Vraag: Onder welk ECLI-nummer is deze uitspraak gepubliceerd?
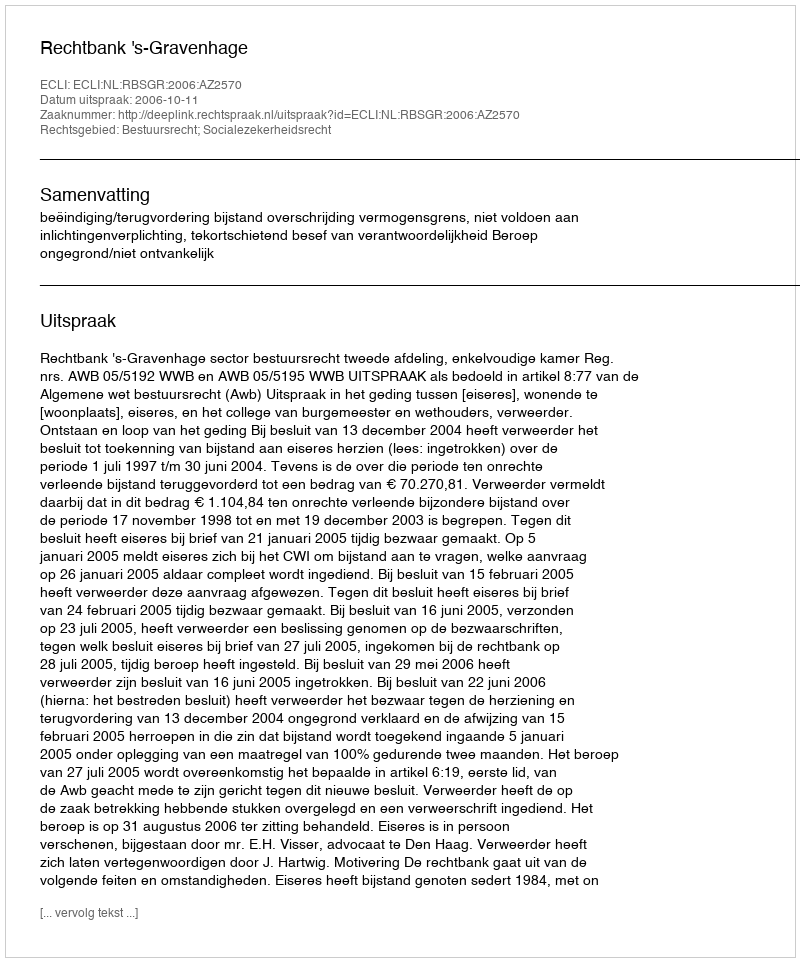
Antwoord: ECLI:NL:RBSGR:2006:AZ2570